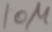
Text: 10µ